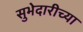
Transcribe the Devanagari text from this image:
सुभेदारीच्या